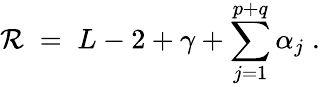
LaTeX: \mathcal{R}\; =\; L-2+\gamma+\sum_{j=1}^{p+q}\alpha_{j}\; .